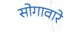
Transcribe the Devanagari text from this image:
सोगावारे